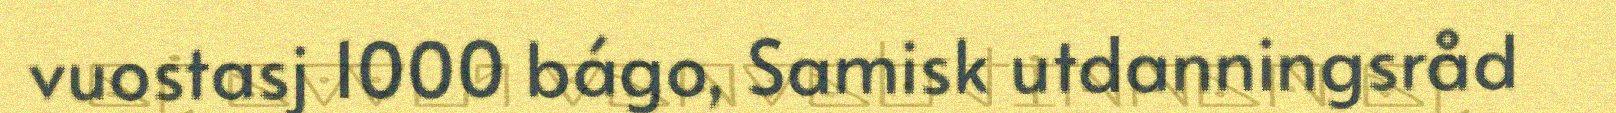
vuostasj 1000 bágo, Samisk utdanningsråd